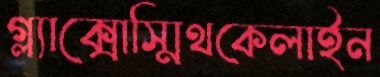
গ্ল্যাক্সোস্মিথকেলাইন